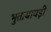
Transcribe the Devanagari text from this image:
भुताबावड़ी